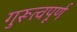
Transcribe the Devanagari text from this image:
गुरूत्वपूर्ण